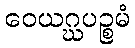
ဝေယဂ္ဃပဉ္စမံ